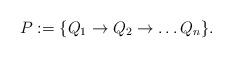
LaTeX: \begin{align*} P:=\{Q_1\to Q_2\to\ldots Q_n\}.\end{align*}